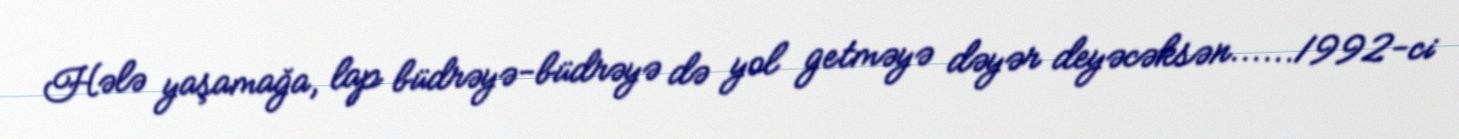
Hələ yaşamağa, lap büdrəyə-büdrəyə də yol getməyə dəyər deyəcəksən......1992-ci